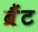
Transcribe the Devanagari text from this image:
ब्रैंट